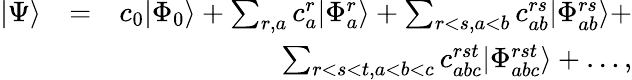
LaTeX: \begin{array}{rlr}{|\Psi\rangle}&{=}&{c_{0}|\Phi_{0}\rangle+\sum_{r,a}c_{a}^{r}|\Phi_{a}^{r}\rangle+\sum_{r<s,a<b}c_{ab}^{rs}|\Phi_{ab}^{rs}\rangle+}\\ &{}&{\sum_{r<s<t,a<b<c}c_{abc}^{rst}|\Phi_{abc}^{rst}\rangle+\dots,}\end{array}